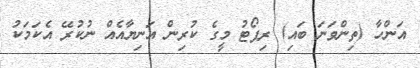
އަންހާ (ތިންވަނަ ބައި) ރިޕޯޓު މީގެ ކުރިން އަނިޔާއެއް ނުކުރޭ އެކަމަކު